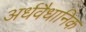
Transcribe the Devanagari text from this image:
अर्धवैधानिक